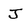
Character: J